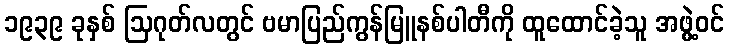
၁၉၃၉ ခုနှစ် ဩဂုတ်လတွင် ဗမာပြည်ကွန်မြူနစ်ပါတီကို ထူထောင်ခဲ့သူ အဖွဲ့ဝင်